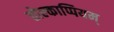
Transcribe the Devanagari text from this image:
तोल्काप्पियम्